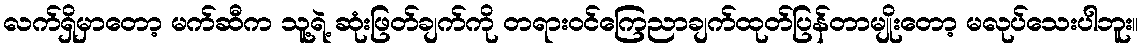
လက်ရှိမှာတော့ မက်ဆီက သူ့ရဲ့ ဆုံးဖြတ်ချက်ကို တရားဝင်ကြေညာချက်ထုတ်ပြန်တာမျိုးတော့ မလုပ်သေးပါဘူး။